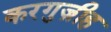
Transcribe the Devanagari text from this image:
करगुज़ीह